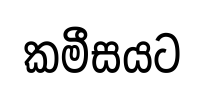
කමීසයට